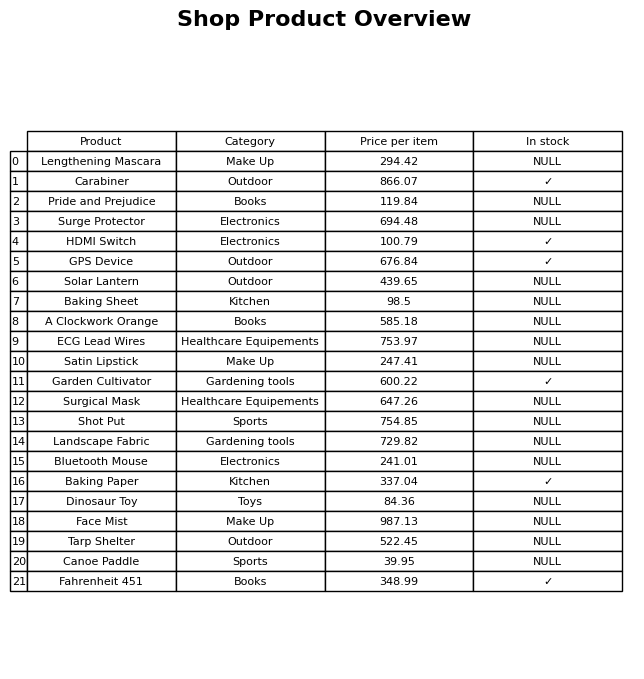
question: What is the price of the Landscape Fabric?
answer: The price of Landscape Fabric is 729.82.